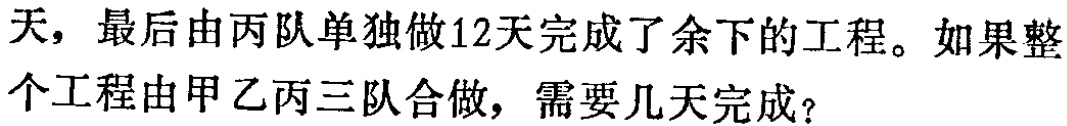
天，最后由丙队单独做12天完成了余下的工程。如果整个工程由甲乙丙三队合做，需要几天完成？